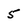
Character: 5